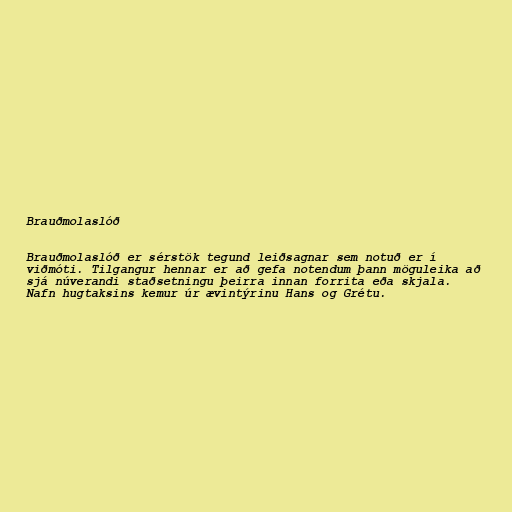
Brauðmolaslóð

Brauðmolaslóð er sérstök tegund leiðsagnar sem notuð er í
viðmóti. Tilgangur hennar er að gefa notendum þann möguleika að
sjá núverandi staðsetningu þeirra innan forrita eða skjala.
Nafn hugtaksins kemur úr ævintýrinu Hans og Grétu.